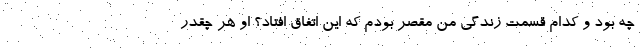
چه بود و کدام قسمت زندگی من مقصر بودم که این اتفاق افتاد؟ او هر چقدر